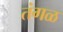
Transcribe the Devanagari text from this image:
तंगळ